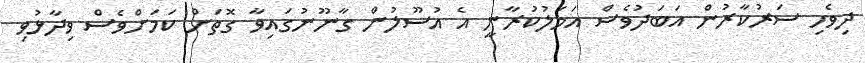
ދިވެހި ސަރުކާރުން އަބަދުވެސް އަމަލުކުރާނީ އެ އުސޫލުން ގާނޫނުގައިވާ ގޮތަށް ކަމަށްވެސް ވިދާޅުވި